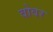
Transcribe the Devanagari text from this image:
वोवर